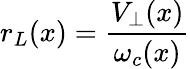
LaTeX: r_{L}(x)=\frac{V_{\perp}(x)}{\omega_{c}(x)}